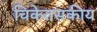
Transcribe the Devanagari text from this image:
चिकेतसकीय